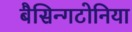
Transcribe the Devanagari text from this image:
बैसिन्गटोनिया